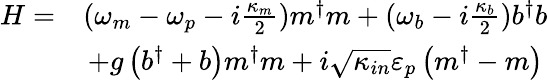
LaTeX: \begin{array}{cc}{H=}&{(\omega_{m}-\omega_{p}-i\frac{\kappa_{m}}{2})m^{\dagger}m+(\omega_{b}-i\frac{\kappa_{b}}{2})b^{\dagger}b}\\ &{+g\left(b^{\dagger}+b\right)m^{\dagger}m+i\sqrt{\kappa_{in}}\varepsilon_{p}\left(m^{\dagger}-m\right)}\end{array}